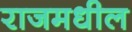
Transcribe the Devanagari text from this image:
राजमधील